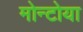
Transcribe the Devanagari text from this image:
मोन्टोया